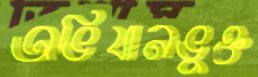
অভিযানভুক্ত